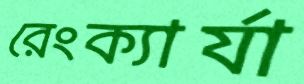
রেংক্যার্যা